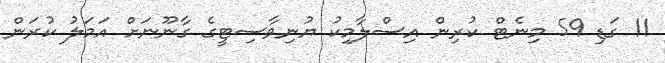
11 ގަޑި 59 މިނެޓް ކުރިން އިސްލާމިކު ޔުނިވާސިޓީގެ ގާނޫނަށް އަމަލު ކުރަން